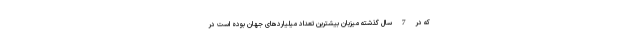
که در 7 سال گذشته میزبان بیشترین تعداد میلیاردهای جهان بوده است در